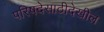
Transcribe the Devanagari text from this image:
परिषदेसाठीदेखील